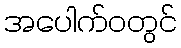
အပေါက်ဝတွင်